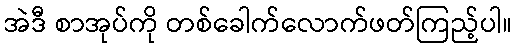
အဲဒီ စာအုပ်ကို တစ်ခေါက်လောက်ဖတ်ကြည့်ပါ။